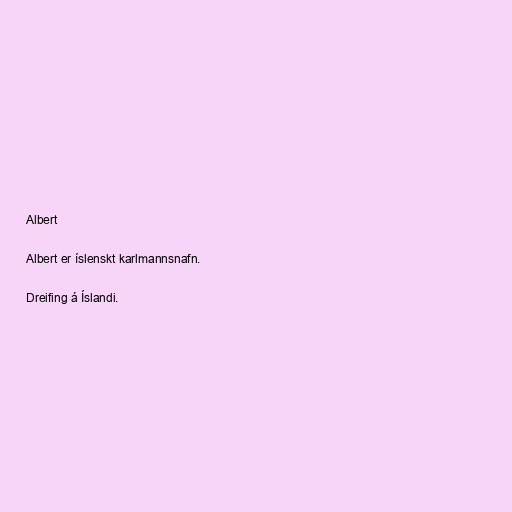
Albert

Albert er íslenskt karlmannsnafn.

Dreifing á Íslandi.